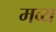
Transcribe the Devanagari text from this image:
मव्य